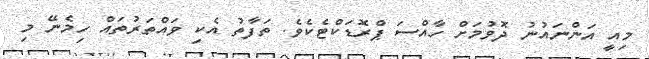
މިއީ އަންނައުނު ދޮވުމަށް ހާއްސަ ޕްރޮޑަކްޓެކެވެ. ތަފާތު އެކި ވައްތަރުތައް ހިމެނޭ މި